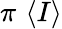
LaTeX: \pi\, \left\langle I\right\rangle